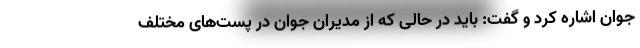
جوان اشاره کرد و گفت: باید در حالی که از مدیران جوان در پست‌های مختلف